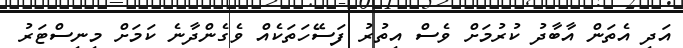
އަދި އެތަން އާބާދު ކުރުމަށް ވެސް އިތުރު ފަސޭހަތަކެއް ވެގެންދާނެ ކަމަށް މިނިސްޓަރު